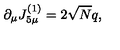
\partial _ { \mu } J _ { 5 \mu } ^ { ( 1 ) } = 2 \sqrt { N } q ,